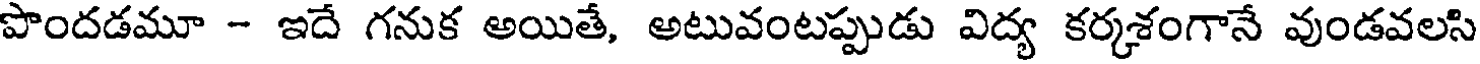
పొందడమూ - ఇదే గనుక అయితే, అటువంటప్పుడు విద్య కర్కశంగానే వుండవలసి